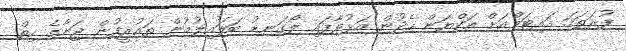
ފުރަތަމަ އައިޓަމްއަށް އަކްޔަން ހެދުން އަޅުވާފައި ލޯގަނޑު ބަލައިލުމުން ތައުރީފުން ޖަނާގެ ހިތް